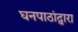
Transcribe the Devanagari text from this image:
घनपाठांद्वारा